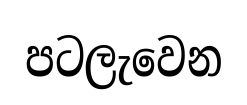
පටලැවෙන